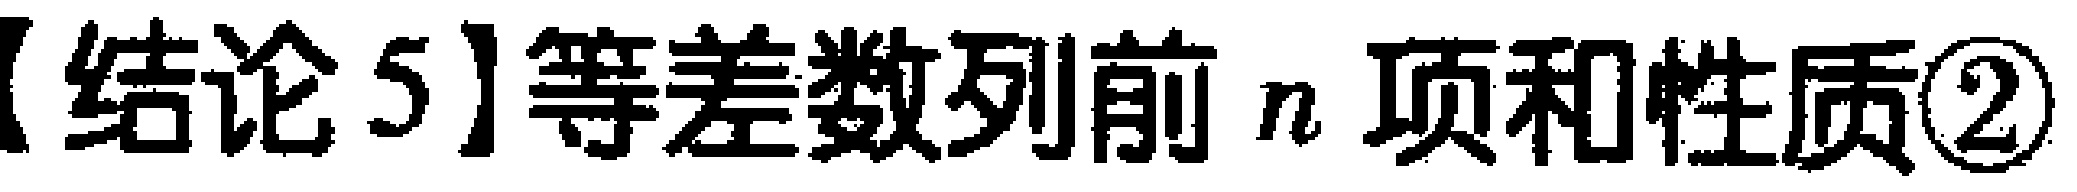
【结论5】等差数列前 \(n\) 项和性质\textcircled{2}